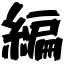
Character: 編